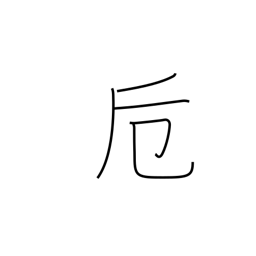
Meaning: fitting